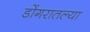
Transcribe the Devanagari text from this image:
डोंगरातल्या